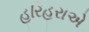
હરિહરાએ